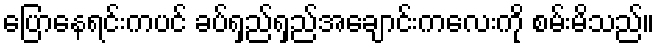
ပြောနေရင်းကပင် ခပ်ရှည်ရှည်အချောင်းကလေးကို စမ်းမိသည်။